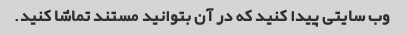
وب سایتی پیدا کنید که در آن بتوانید مستند تماشا کنید.